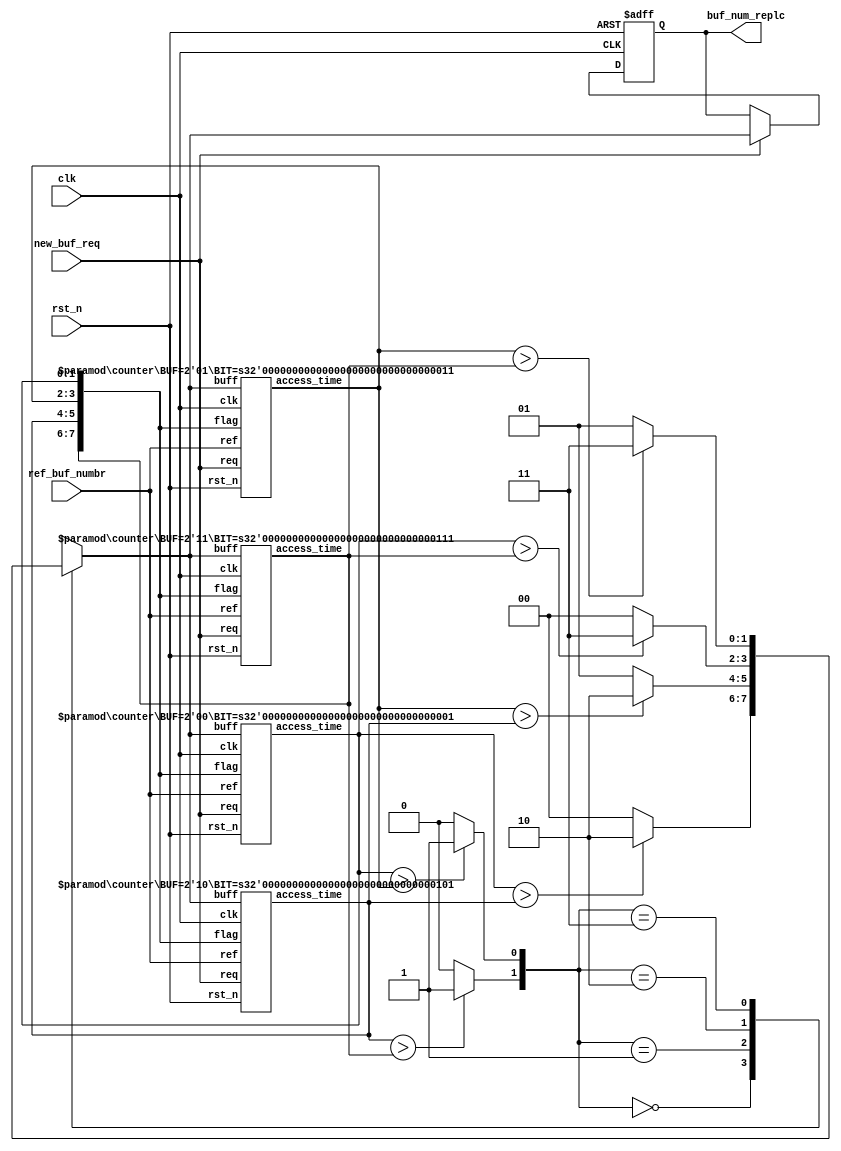
module lfu_finder (clk, rst_n, new_buf_req, ref_buf_numbr, buf_num_replc);
/////////// parameter ////////
parameter BUF_0 = 2'd0;
parameter BUF_1 = 2'd1;
parameter BUF_2 = 2'd2;
parameter BUF_3 = 2'd3;
parameter FF_DLY = 1;
parameter LEN = 2;
parameter LEN_F = 8;
////////// port declaration ////////
input clk;
input rst_n;
input new_buf_req;
input [LEN-1:0] ref_buf_numbr;
output [LEN-1:0] buf_num_replc;

wire clk, rst_n;
wire new_buf_req;
wire [LEN-1:0] ref_buf_numbr;
wire [LEN-1:0] buf_num_replc;
///////// internal variable /////////
wire [LEN-1:0] access_time_0;
wire [LEN-1:0] access_time_1;
wire [LEN-1:0] access_time_2;
wire [LEN-1:0] access_time_3;
reg [LEN-1:0] min;
reg [LEN-1:0] n_buf_num_replc;
reg [LEN-1:0] temp_buf_num_replc;
wire [LEN_F-1:0] flag;
/////////////////////////////
assign buf_num_replc = temp_buf_num_replc;
assign flag = {{access_time_3}, {access_time_2}, {access_time_1}, {access_time_0}};
///////////
defparam counter_01.BIT = 1;
defparam counter_01.BUF = BUF_0;
counter counter_01(.rst_n(rst_n),.clk(clk),.req(new_buf_req),.ref(ref_buf_numbr),.flag(flag),.buff(n_buf_num_replc),.access_time(access_time_0));
defparam counter_02.BIT = 3;
defparam counter_02.BUF = BUF_1;
counter counter_02(.rst_n(rst_n),.clk(clk),.req(new_buf_req),.ref(ref_buf_numbr),.flag(flag),.buff(n_buf_num_replc),.access_time(access_time_1));
defparam counter_03.BIT = 5;
defparam counter_03.BUF = BUF_2;
counter counter_03(.rst_n(rst_n),.clk(clk),.req(new_buf_req),.ref(ref_buf_numbr),.flag(flag),.buff(n_buf_num_replc),.access_time(access_time_2));
defparam counter_04.BIT = 7;
defparam counter_04.BUF = BUF_3;
counter counter_04(.rst_n(rst_n),.clk(clk),.req(new_buf_req),.ref(ref_buf_numbr),.flag(flag),.buff(n_buf_num_replc),.access_time(access_time_3));
///////////// Replacement Flip Flop///////////////
always @ (posedge clk or negedge rst_n) begin 
  if (rst_n == 1'b0) begin
      temp_buf_num_replc <= #FF_DLY BUF_0;
  end
  else begin
      if (new_buf_req) begin
          temp_buf_num_replc <= #FF_DLY n_buf_num_replc;
      end
  end
end
///////////// Repalcement control logic ///////////
always @ (access_time_0 or access_time_1 or access_time_2 or access_time_3) begin
  min[0] = (access_time_0 > access_time_1) ? 1'b1 : 1'b0;
  min[1] = (access_time_2 > access_time_3) ? 1'b1 : 1'b0;
  case (min) 
      2'b00: begin 
        n_buf_num_replc = (access_time_0 > access_time_2) ? BUF_2 : BUF_0;
      end
      2'b01: begin 
        n_buf_num_replc = (access_time_1 > access_time_2) ? BUF_2 : BUF_1;
      end
      2'b10: begin 
        n_buf_num_replc = (access_time_0 > access_time_3) ? BUF_3 : BUF_0;
      end
      2'b11: begin 
        n_buf_num_replc = (access_time_1 > access_time_3) ? BUF_3 : BUF_1;
      end
  endcase
end
endmodule
//////////////// Access time control logic
module counter (rst_n, clk, ref, req, flag, buff, access_time);
  parameter BUF = 2'b00;//parameter
  parameter FF_DLY = 1;
  parameter LEN = 2;
  parameter LEN_F = 8;
  parameter BIT = 0;

  input rst_n; //port declaration
  input clk;
  input req;
  input [LEN-1:0] ref;
  input [LEN-1:0] buff;
  input [LEN_F-1:0]flag;
  output [LEN-1:0] access_time;

  wire rst_n, clk; // port data type
  wire req;
  wire [LEN-1:0] ref, temp;
  wire [LEN-1:0] access_time;
  wire [LEN_F-1:0] flag;

  reg [LEN-1:0] n_access_time;// internal variable
  reg [LEN-1:0] t;

  assign access_time = t;

  always @ (req or ref or flag or buff) begin
    if (req) begin 
      n_access_time = (buff == BUF) ? 2'b01 : flag[BIT:BIT-1]; 
    end
    else begin 
      case (flag[BIT:BIT-1])
          2'b01 : begin 
            n_access_time = (ref == BUF) ? 2'b10 : flag[BIT:BIT-1];
          end
          2'b10 : begin 
            n_access_time = (ref == BUF) ? 2'b11 : flag[BIT:BIT-1];
          end
          2'b11 : begin 
            if (flag == 8'hFF) begin 
              n_access_time = (ref == BUF) ? 2'b10 : 2'b01;
            end
            else begin 
              n_access_time = flag[BIT:BIT-1];
            end
          end
          default : begin
            n_access_time = 2'b00;
          end
      endcase
    end
  end

  always @ (posedge clk or negedge rst_n) begin
    if (rst_n == 1'b0) begin
      t <= #FF_DLY 2'b01;
    end
    else begin
      t <= #FF_DLY n_access_time;
    end
  end
endmodule